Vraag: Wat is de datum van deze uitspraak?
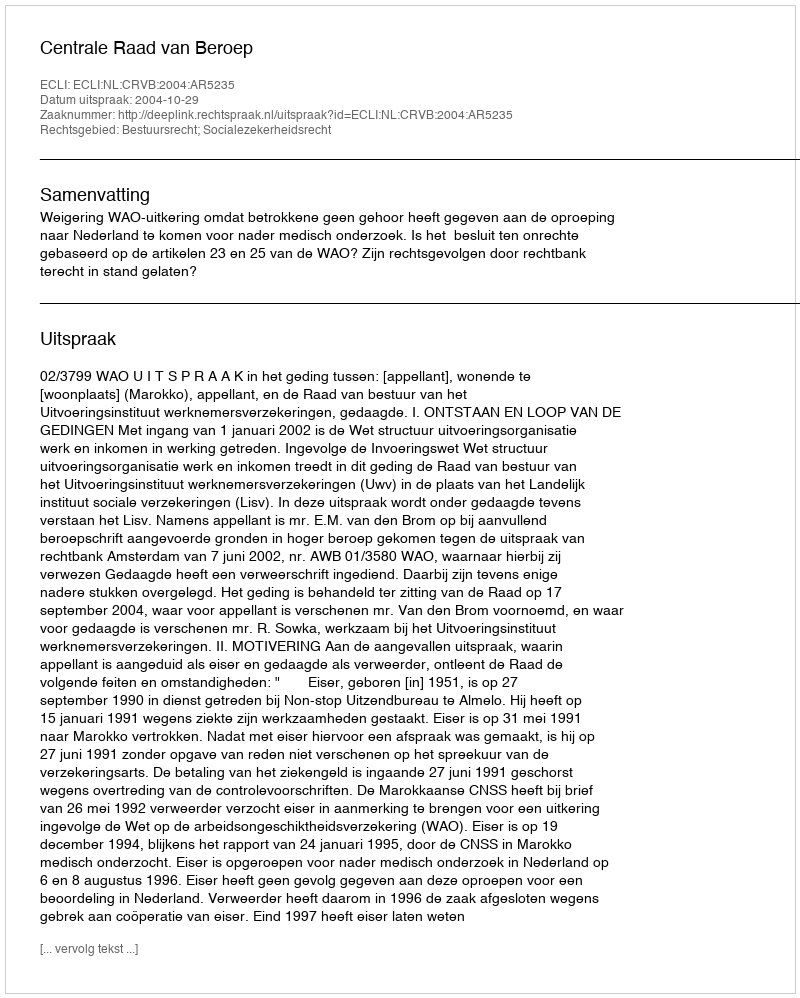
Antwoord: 2004-10-29